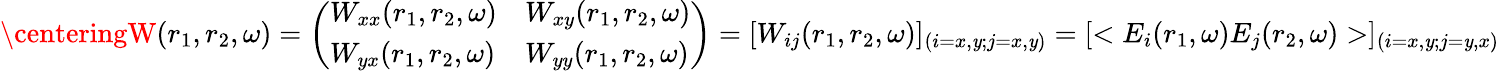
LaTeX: \centeringW(r_{1},r_{2},\omega)=\left(\begin{array}{ll}{W_{xx}(r_{1},r_{2},\omega)}&{W_{xy}(r_{1},r_{2},\omega)}\\ {W_{yx}(r_{1},r_{2},\omega)}&{W_{yy}(r_{1},r_{2},\omega)}\end{array}\right)=[W_{ij}(r_{1},r_{2},\omega)]_{(i=x,\mathit{y};j=x,\mathit{y})}=[<E_{i}(r_{1},\omega)E_{j}(r_{2},\omega)>]_{(i=x,\mathit{y};j=\mathit{y},x)}